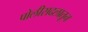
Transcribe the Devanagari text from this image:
पोलीसदलातून